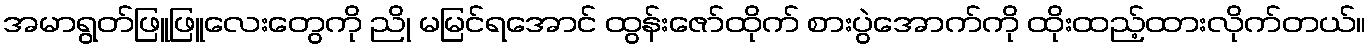
အမာရွတ်ဖြူဖြူလေးတွေကို ညို မမြင်ရအောင် ထွန်းဇော်ထိုက် စားပွဲအောက်ကို ထိုးထည့်ထားလိုက်တယ်။